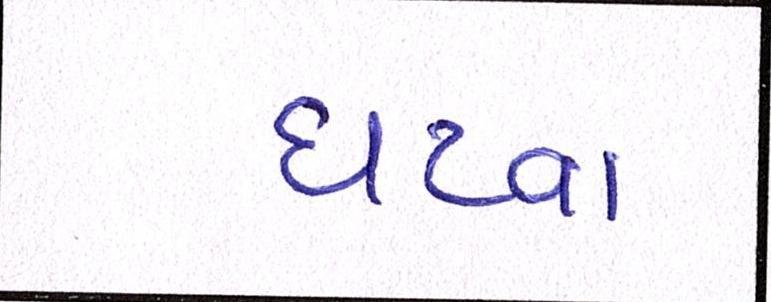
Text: ઘટવા